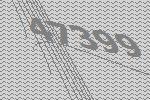
47399